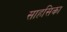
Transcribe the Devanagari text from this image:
साहसिका